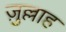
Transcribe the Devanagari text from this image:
ज़ुल्लाह